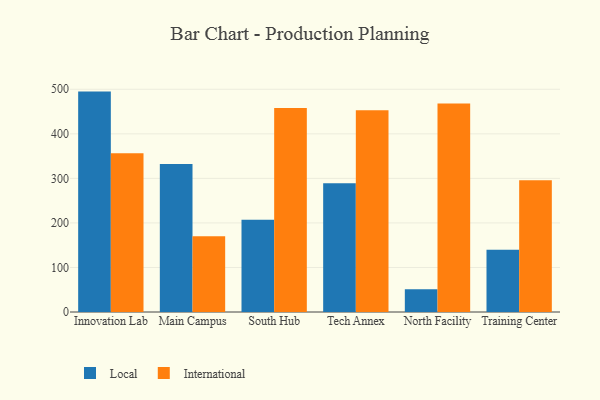
{"axis": {"x": "Campus", "y": "Satisfaction Score"}, "legend": ["International", "Local"], "data": [{"x": "Innovation Lab", "y": 494.8, "type": "Local"}, {"x": "Innovation Lab", "y": 356.4, "type": "International"}, {"x": "Main Campus", "y": 332.2, "type": "Local"}, {"x": "Main Campus", "y": 169.8, "type": "International"}, {"x": "South Hub", "y": 207.2, "type": "Local"}, {"x": "South Hub", "y": 457.9, "type": "International"}, {"x": "Tech Annex", "y": 289.1, "type": "Local"}, {"x": "Tech Annex", "y": 452.7, "type": "International"}, {"x": "North Facility", "y": 51.0, "type": "Local"}, {"x": "North Facility", "y": 468.0, "type": "International"}, {"x": "Training Center", "y": 139.9, "type": "Local"}, {"x": "Training Center", "y": 295.6, "type": "International"}]}